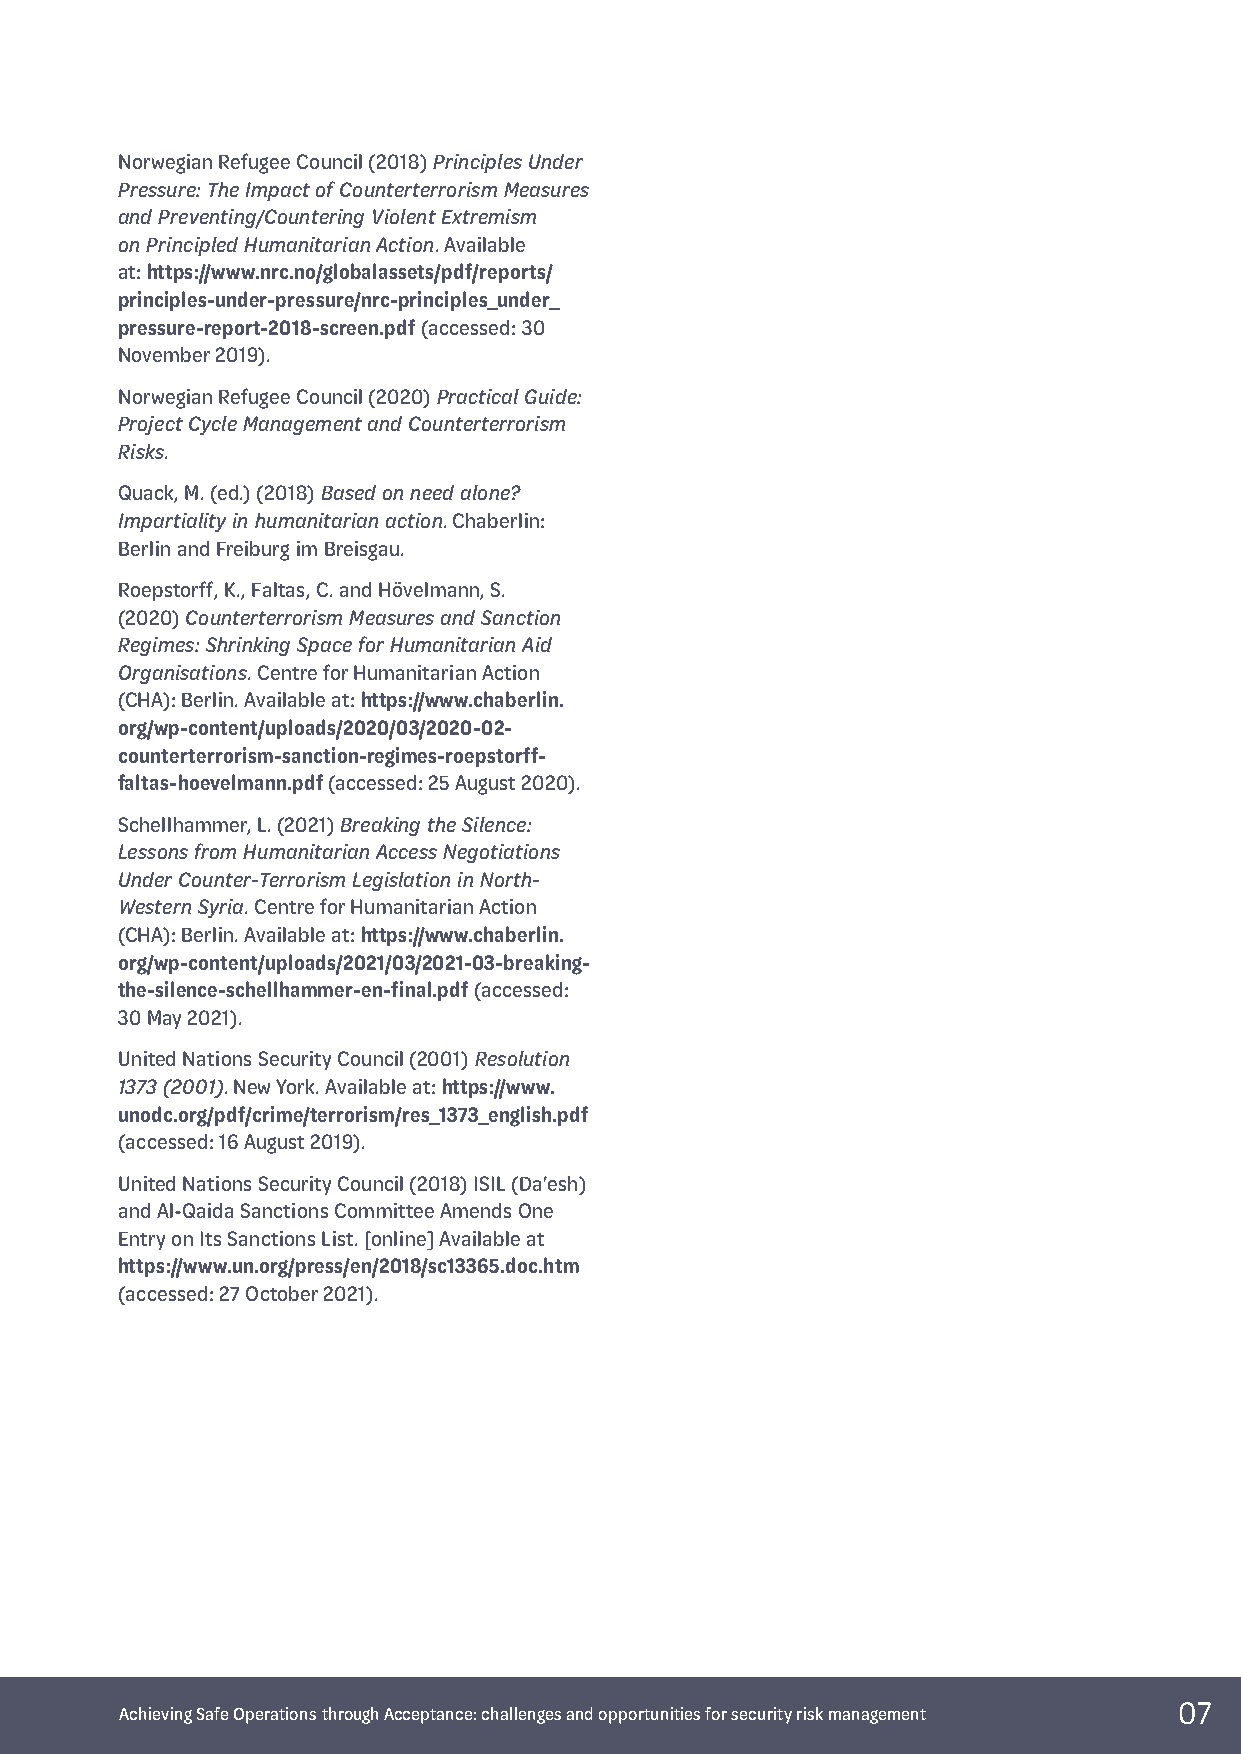
Norwegian Refugee Council (2018) Principles Under
 Pressure: The Impact of Counterterrorism Measures
 and Preventing/Countering Violent Extremism
 on Principled Humanitarian Action. Available
 at: https://www.nrc.no/globalassets/pdf/reports/
 principles-under-pressure/nrc-principles_under_
 pressure-report-2018-screen.pdf (accessed: 30
 November 2019).
 Norwegian Refugee Council (2020) Practical Guide:
 Project Cycle Management and Counterterrorism
 Risks.
 Quack, M. (ed.) (2018) Based on need alone?
 Impartiality in humanitarian action. Chaberlin:
 Berlin and Freiburg im Breisgau.
 Roepstorff, K., Faltas, C. and Hövelmann, S.
 (2020) Counterterrorism Measures and Sanction
 Regimes: Shrinking Space for Humanitarian Aid
 Organisations. Centre for Humanitarian Action
 (CHA): Berlin. Available at: https://www.chaberlin.
 org/wp-content/uploads/2020/03/2020-02-
 counterterrorism-sanction-regimes-roepstorff-
 faltas-hoevelmann.pdf (accessed: 25 August 2020).
 Schellhammer, L. (2021) Breaking the Silence:
 Lessons from Humanitarian Access Negotiations
 Under Counter-Terrorism Legislation in North-
 Western Syria. Centre for Humanitarian Action
 (CHA): Berlin. Available at: https://www.chaberlin.
 org/wp-content/uploads/2021/03/2021-03-breaking-
 the-silence-schellhammer-en-final.pdf (accessed:
 30 May 2021).
 United Nations Security Council (2001) Resolution
 1373 (2001). New York. Available at: https://www.
 unodc.org/pdf/crime/terrorism/res_1373_english.pdf
 (accessed: 16 August 2019).
 United Nations Security Council (2018) ISIL (Da’esh)
 and Al-Qaida Sanctions Committee Amends One
 Entry on Its Sanctions List. [online] Available at
 https://www.un.org/press/en/2018/sc13365.doc.htm
 (accessed: 27 October 2021).
 07
 Achieving Safe Operations through Acceptance: challenges and opportunities for security risk management